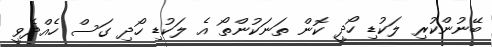
ބޭނުންކުރި ލަކުޑި ހޯދީ ކޮން ތަނަކުންތޯ އެ ލަކުޑި ހޯދި ގަސް ހެއްދެވީ